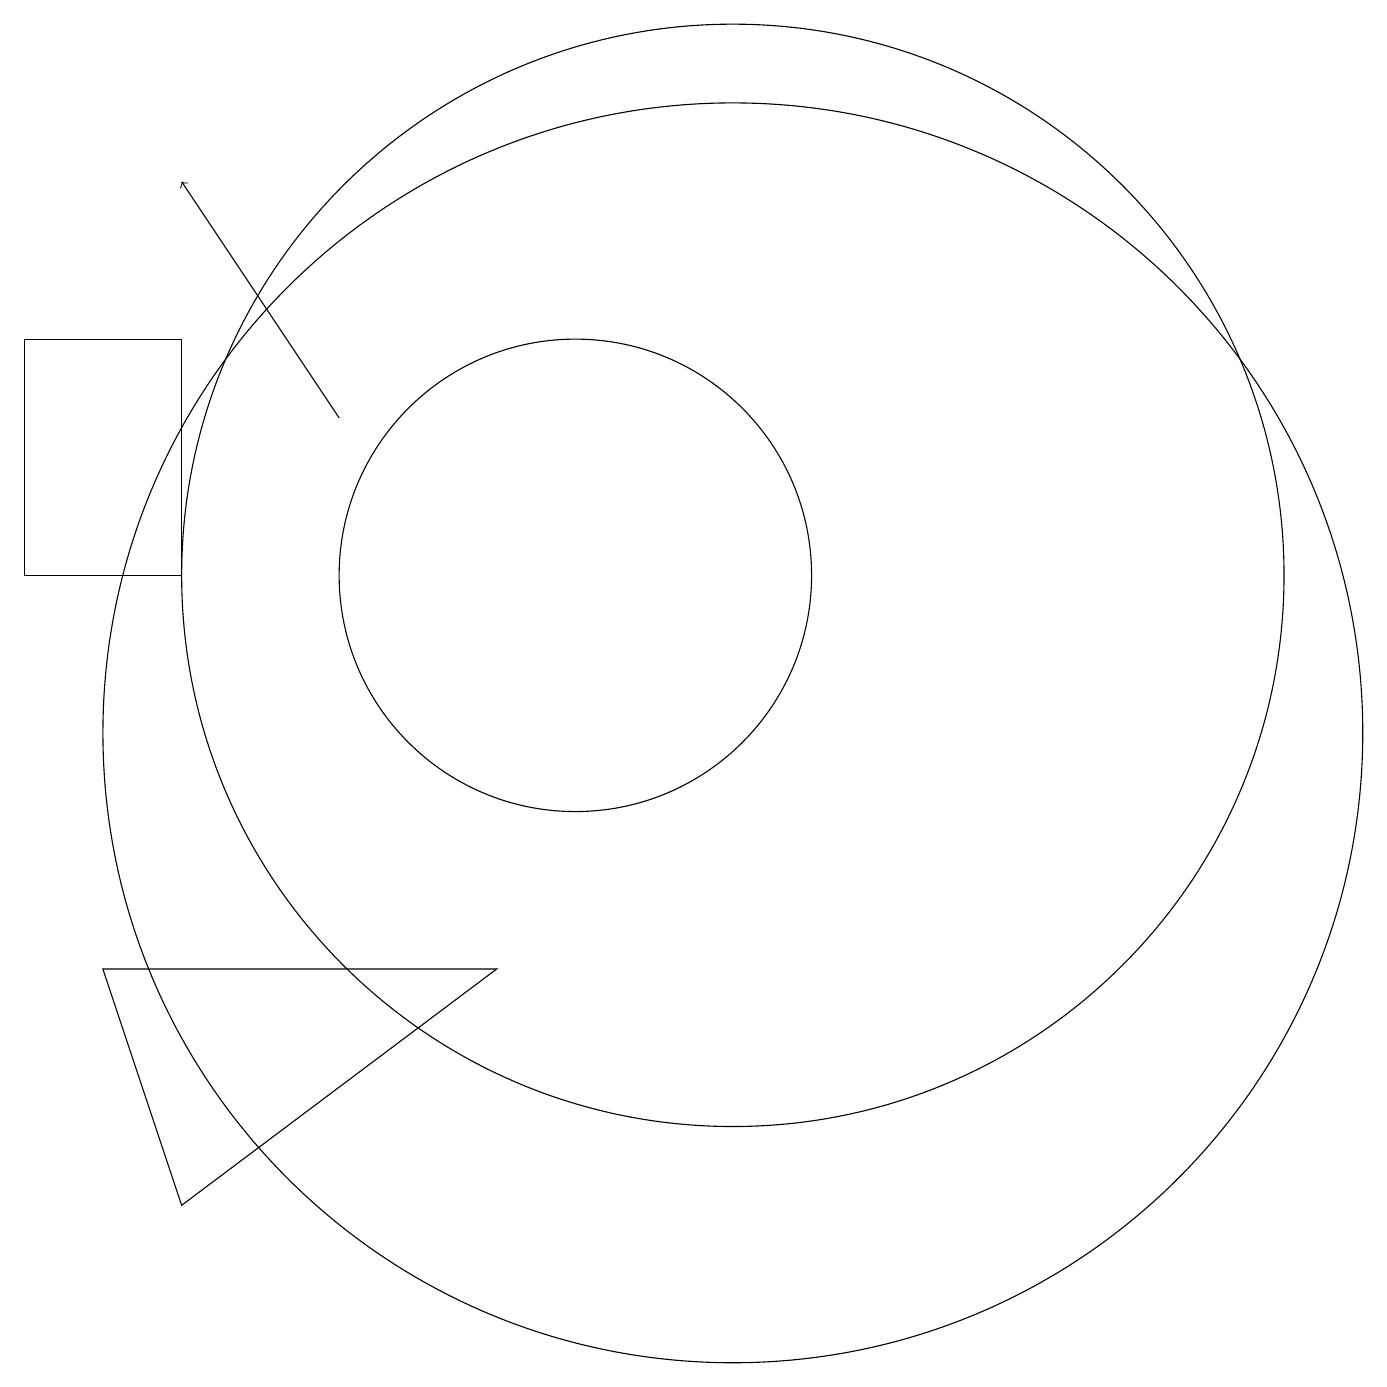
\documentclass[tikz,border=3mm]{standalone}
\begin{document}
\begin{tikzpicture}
\draw (5,4) -- (9,7) -- (4,7) -- cycle;
\draw (10,12) circle (3);
\draw (12,12) circle (7);
\draw[->] (7,14) -- (5,17);
\draw (5,15) rectangle (3,12);
\draw (12,10) circle (8);
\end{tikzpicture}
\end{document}